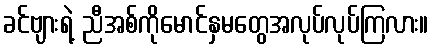
ခင်ဗျားရဲ့ ညီအစ်ကိုမောင်နှမတွေအလုပ်လုပ်ကြလား။